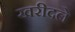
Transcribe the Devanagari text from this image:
खरीदले